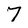
Character: 7